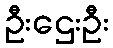
ဦးဌေးဦး